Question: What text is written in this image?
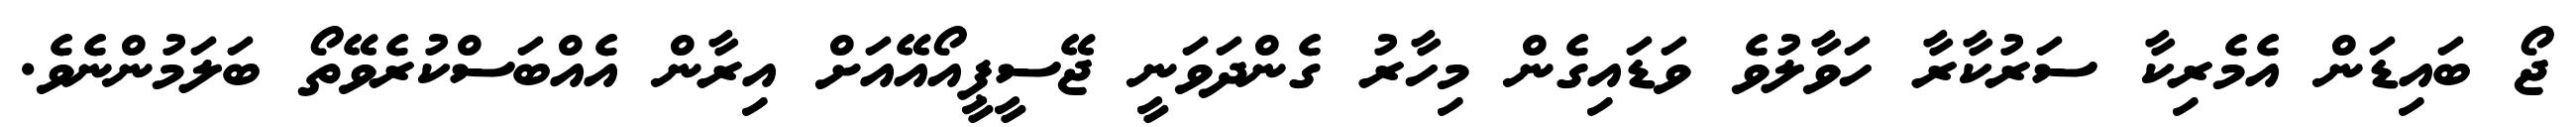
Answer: ޖޯ ބައިޑަން އެމެރިކާ ސަރުކާރާ ހަވާލުވެ ވަޑައިގެން މިހާރު ގެންދަވަނީ ޖޭސީޕީއޯއޭއަށް އިރާން އެއްބަސްކުރެވޭތޯ ބަލަމުންނެވެ.